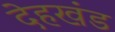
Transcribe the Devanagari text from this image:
देहखंड